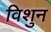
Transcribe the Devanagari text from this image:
विशुन